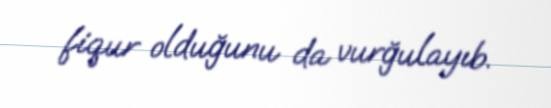
fiqur olduğunu da vurğulayıb.